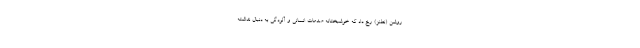
روشن (نطنز) رخ داد که خوشبختانه صدمات انسانی و آلودگی به دنبال نداشته